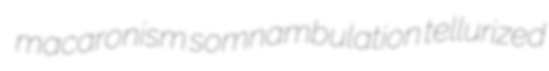
macaronism somnambulation tellurized